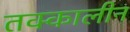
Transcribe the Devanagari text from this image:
तक्कालीन